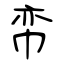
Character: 帟